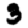
Digit: 3